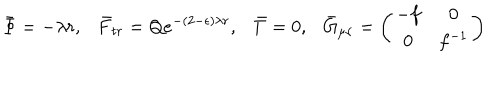
\bar { \Phi } = - \lambda r , \bar { F } _ { t r } = Q e ^ { - ( 2 - \epsilon ) \lambda r } , \bar { T } = 0 , \bar { G } _ { \mu \nu } = \left( \begin{array} { c c } { { - f } } & { { 0 } } \\ { { 0 } } & { { f ^ { - 1 } } } \\ \end{array} \right)